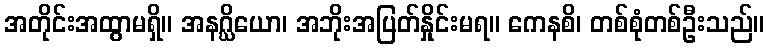
အတိုင်းအထွာမရှိ။ အနဂ္ဃိယော၊ အဘိုးအပြတ်နှိုင်းမရ။ ကေနစိ၊ တစ်စုံတစ်ဦးသည်။